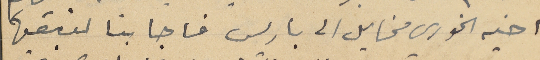
اخيه الخوري مخايل الى باريس فاجابنا لنبقيها